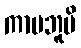
ကာမဘူပိ